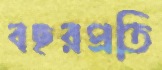
বছরপ্রতি